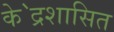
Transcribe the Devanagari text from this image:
के॓द्रशासित